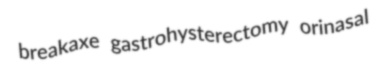
breakaxe gastrohysterectomy orinasal